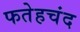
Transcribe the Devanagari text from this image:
फतेहचंद